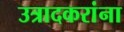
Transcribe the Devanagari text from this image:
उत्रादकरांना